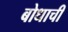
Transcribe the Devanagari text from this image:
बोधाची